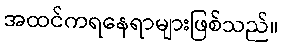
အထင်ကရနေရာများဖြစ်သည်။